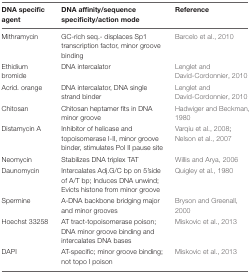
<table><thead><tr><td><b>DNA specific agent</b></td><td><b>DNA affinity/sequence specificity/action mode</b></td><td><b>Reference</b></td></tr></thead><tbody><tr><td>Mithramycin</td><td>GC-rich seq.- displaces Sp1 transcription factor, minor groove binding</td><td>Barcelo et al., 2010</td></tr><tr><td>Ethidium bromide</td><td>DNA intercalator</td><td>Lenglet and David-Cordonnier, 2010</td></tr><tr><td>Acrid. orange</td><td>DNA intercalator, DNA single strand binder</td><td>Lenglet and David-Cordonnier, 2010</td></tr><tr><td>Chitosan</td><td>Chitosan heptamer fits in DNA minor groove</td><td>Hadwiger and Beckman, 1980</td></tr><tr><td>Distamycin A</td><td>Inhibitor of helicase and topoisomerase I-II, minor groove binder, stimulates Pol II pause site</td><td>Varqiu et al., 2008; Nelson et al., 2007</td></tr><tr><td>Neomycin</td><td>Stabilizes DNA triplex TAT</td><td>Willis and Arya, 2006</td></tr><tr><td>Daunomycin</td><td>Intercalates Adj.G/C bp on 5’side of A/T bp; Induces DNA unwind; Evicts histone from minor groove</td><td>Quigley et al., 1980</td></tr><tr><td>Spermine</td><td>A-DNA backbone bridging major and minor grooves</td><td>Bryson and Greenall, 2000</td></tr><tr><td>Hoechst 33258</td><td>AT tract-topoisomerase poison; DNA minor groove binding and intercalates DNA bases</td><td>Miskovic et al., 2013</td></tr><tr><td>DAPI</td><td>AT-specific; minor groove binding; not topo I poison</td><td>Miskovic et al., 2013</td></tr></tbody></table>